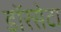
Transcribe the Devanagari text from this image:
डॉरसेटा